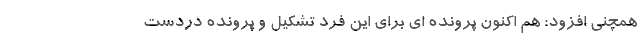
همچنی افزود: هم اکنون پرونده ای برای این فرد تشکیل و پرونده دردست